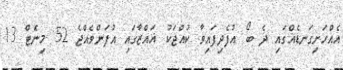
އެއްހަށިގަނޑެއްގައި ދެ ބޯ އުފެދިފައިވާ ކުއްޖަކު ޣައްޒާގައި އުފަންވެއްޖެ 52 މިނެޓް 13